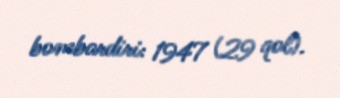
bombardiri: 1947 (29 qol).